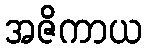
အဇိကာယ